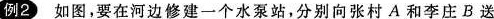
例2)如图，要在河边修建一个水泵站，分别向张村A和李庄B送